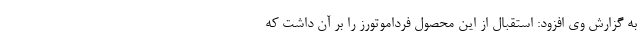
به گزارش وی افزود: استقبال از این محصول فرداموتورز را بر آن داشت که